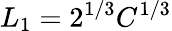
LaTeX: L_{1}=2^{1/3}C^{1/3}